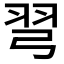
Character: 𢏖